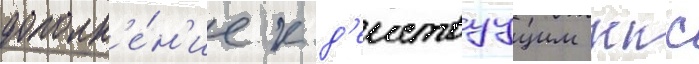
дополн'е́н'ие к д'еиствуущим ккс